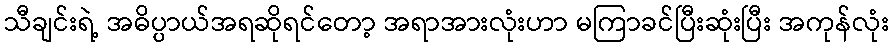
သီချင်းရဲ့ အဓိပ္ပာယ်အရဆိုရင်တော့ အရာအားလုံးဟာ မကြာခင်ပြီးဆုံးပြီး အကုန်လုံး